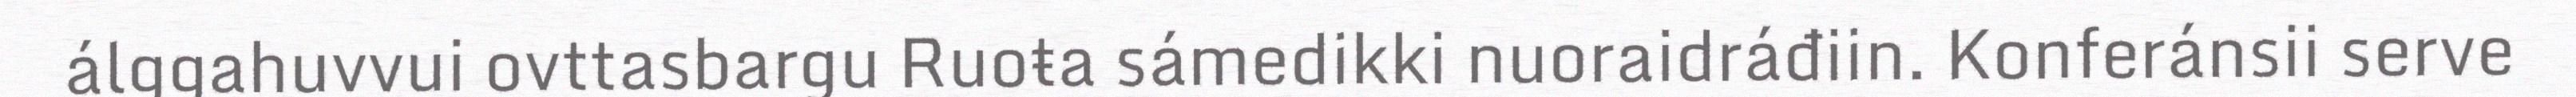
álggahuvvui ovttasbargu Ruoŧa sámedikki nuoraidráđiin. Konferánsii serve